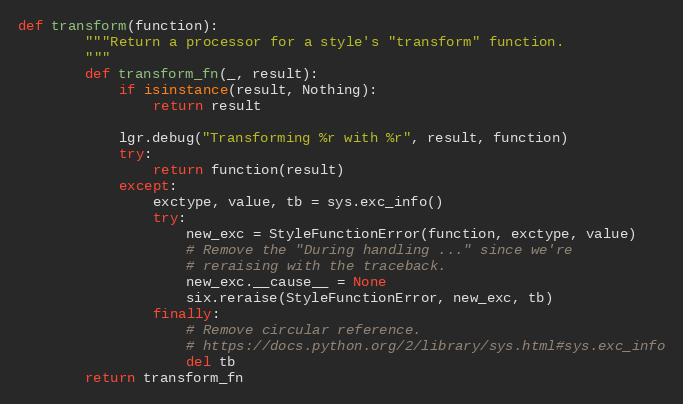
Language: Python
def transform(function):
        """Return a processor for a style's "transform" function.
        """
        def transform_fn(_, result):
            if isinstance(result, Nothing):
                return result

            lgr.debug("Transforming %r with %r", result, function)
            try:
                return function(result)
            except:
                exctype, value, tb = sys.exc_info()
                try:
                    new_exc = StyleFunctionError(function, exctype, value)
                    # Remove the "During handling ..." since we're
                    # reraising with the traceback.
                    new_exc.__cause__ = None
                    six.reraise(StyleFunctionError, new_exc, tb)
                finally:
                    # Remove circular reference.
                    # https://docs.python.org/2/library/sys.html#sys.exc_info
                    del tb
        return transform_fn